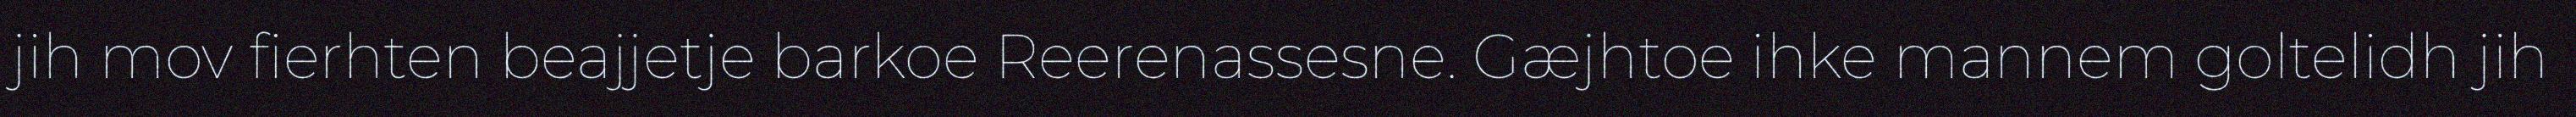
jih mov fierhten beajjetje barkoe Reerenassesne. Gæjhtoe ihke mannem goltelidh jih